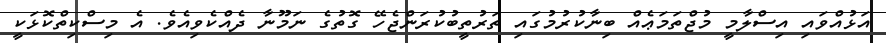
އަޅުއްވައި އިސްލާމީ މުޖްތަމަޢެއް ބިނާކުރުމުގައި ތަރުތީބުކުރަންޖެހޭ ގޮތުގެ ނަމޫނާ ދެއްކެވިއެވެ. އެ މިސްކިތްކޮޅަކީ